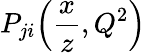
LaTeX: P_{ji}\! \left({\frac{x}{z}},Q^{2}\right)